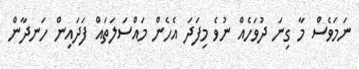
ނަމަވެސް މާ ގިނަ ދުވަހެއް ނުވެ މިފަދަ އެހެން މައްސަލަތައް ފަދައިން ހަނދާން